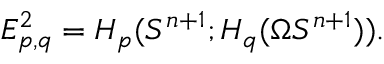
E _ { p , q } ^ { 2 } = H _ { p } ( S ^ { n + 1 } ; H _ { q } ( \Omega S ^ { n + 1 } ) ) .